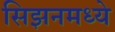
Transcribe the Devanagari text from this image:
सिझनमध्ये